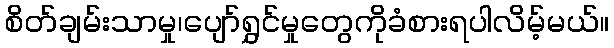
စိတ်ချမ်းသာမှု၊ပျော်ရွှင်မှုတွေကိုခံစားရပါလိမ့်မယ်။